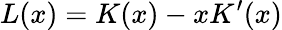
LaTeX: L(x)=K(x)-xK^{\prime}(x)